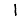
Digit: 1